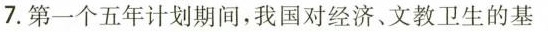
7.第一个五年计划期间，我国对经济、文教卫生的基